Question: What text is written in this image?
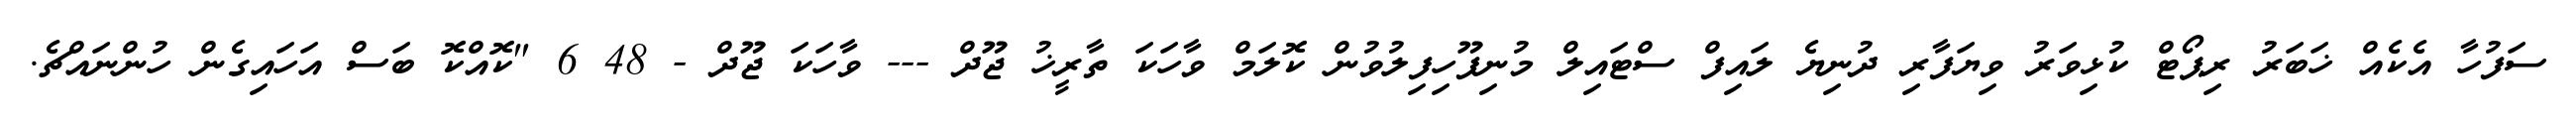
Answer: ސަފުހާ އެކެއް ޚަބަރު ރިޕޯޓް ކުޅިވަރު ވިޔަފާރި ދުނިޔެ ލައިފް ސްޓައިލް މުނިފޫހިފިލުވުން ކޮލަމް ވާހަކަ ތާރީޚު ޖޫދް --- ވާހަކަ ޖޫދް - 48 6 "ކޮއްކޮ ބަސް އަހައިގެން ހުންނައްޗެ.